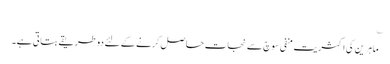
؎
ماہرین کی اکثریت منفی سوچ سے نجات حاصل کرنے کے لئے دو طریقے بتاتی ہے۔